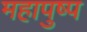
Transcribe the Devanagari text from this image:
महापुष्प